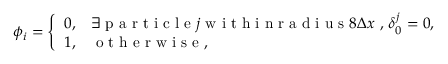
\phi _ { i } = \left\{ \begin{array} { l l } { 0 , } & { \exists \mathrm { ~ p ~ a ~ r ~ t ~ i ~ c ~ l ~ e ~ } j \mathrm { ~ w ~ i ~ t ~ h ~ i ~ n ~ r ~ a ~ d ~ i ~ u ~ s ~ } 8 \Delta x \mathrm { ~ , ~ } \delta _ { 0 } ^ { j } = 0 , } \\ { 1 , } & { \mathrm { ~ o ~ t ~ h ~ e ~ r ~ w ~ i ~ s ~ e ~ , ~ } } \end{array} \right.